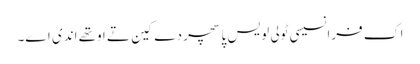
اک فرانسیسی ٹولی لویس پاسچر دے کین تے اوتھے اندی اے۔